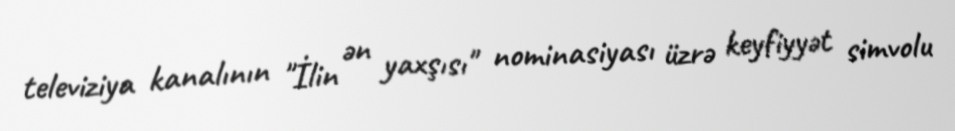
televiziya kanalının "İlin ən yaxşısı" nominasiyası üzrə keyfiyyət simvolu